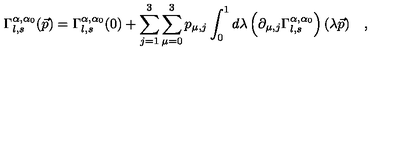
\Gamma _ { l , s } ^ { \alpha , \alpha _ { 0 } } ( \vec { p } ) = \Gamma _ { l , s } ^ { \alpha , \alpha _ { 0 } } ( 0 ) + \sum _ { j = 1 } ^ { 3 } \sum _ { \mu = 0 } ^ { 3 } p _ { \mu , j } \int _ { 0 } ^ { 1 } d \lambda \left( \partial _ { \mu , j } \Gamma _ { l , s } ^ { \alpha , \alpha _ { 0 } } \right) ( \lambda \vec { p } ) \quad ,